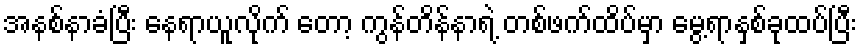
အနစ်နာခံပြီး နေရာယူလိုက် တော့ ကွန်တိန်နာရဲ့ တစ်ဖက်ထိပ်မှာ မွေ့ရာနှစ်ခုထပ်ပြီး